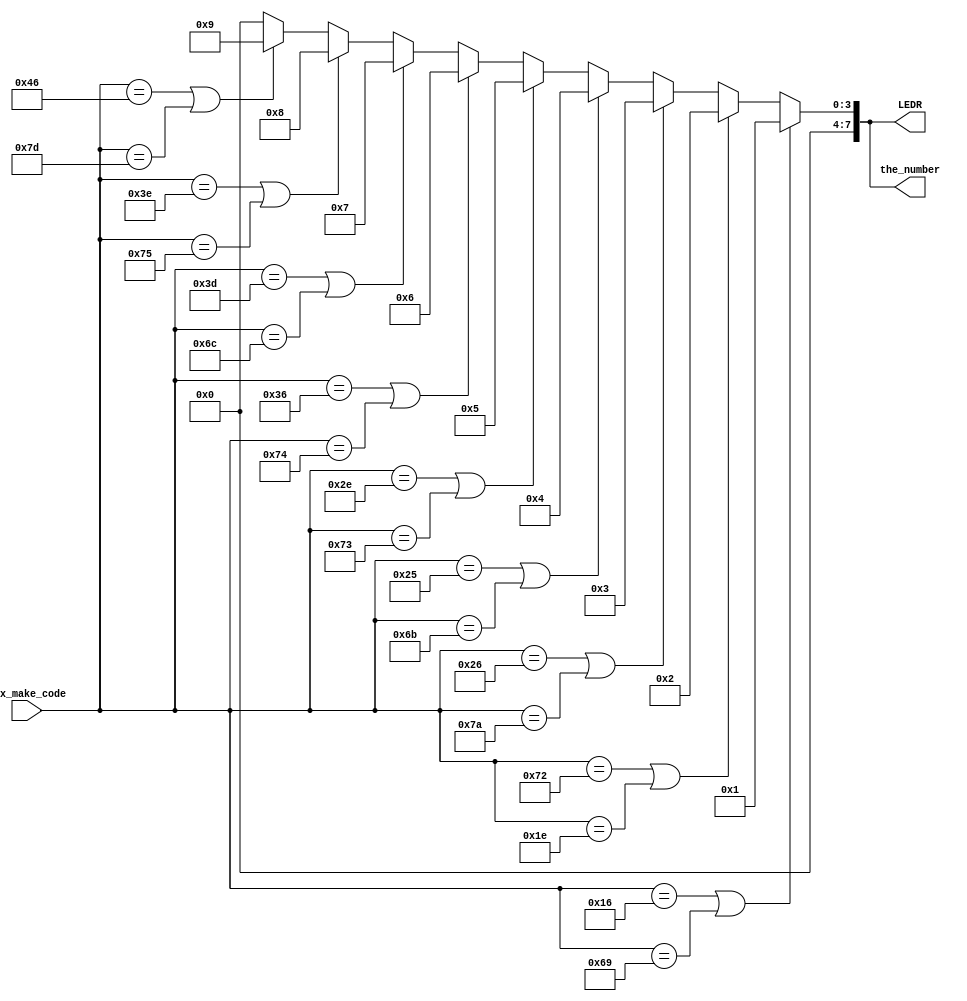
module test(hex_make_code,the_number, LEDR);
input [7:0] hex_make_code;
output reg[7:0] the_number;
output [7:0]LEDR;
always @ (hex_make_code) 
		begin
			if (hex_make_code == 8'h16 || hex_make_code == 8'h69)//1
				the_number <= 8'b1; ///1
			else if (hex_make_code == 8'h72 || hex_make_code == 8'h1E)
				 the_number <= 8'b10; //8'b10 2
			else if (hex_make_code == 8'h26 || hex_make_code == 8'h7A)
				the_number <= 8'b11; //8'b11 3
			else if (hex_make_code == 8'h25 || hex_make_code == 8'h6B)
				 the_number <= 8'b100;//8'b100 4
			else if (hex_make_code == 8'h2E || hex_make_code == 8'h73)
				 the_number <= 8'b101;//8'b101 5
			else if (hex_make_code == 8'h36 || hex_make_code == 8'h74)
				 the_number <= 8'b110;//8'b110 6
			else if (hex_make_code == 8'h3D || hex_make_code == 8'h6C)
				 the_number <= 8'b111;//8'b111 7
			else if (hex_make_code == 8'h3E || hex_make_code == 8'h75)
				 the_number <= 8'b1000;//8'b1000 8
			else if (hex_make_code == 8'h46 || hex_make_code == 8'h7D)
				 the_number <= 8'b1001;//8'b1001 9
			else
				 the_number <= 8'b0;//8'b0 0
		end
		assign LEDR = the_number;
	endmodule